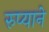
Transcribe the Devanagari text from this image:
रुप्याने